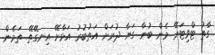
ގާތު ޓްވިޓަރޭ މެން ބުނާ ގަޔާ ދުރަށް އަތުބުރު އަޅާށޭ އިނގޭތޭ. ތަމެން